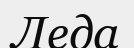
Леда